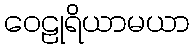
ဝေဠုရိယာမယာ